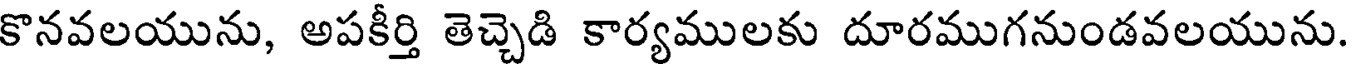
కొనవలయును, అపకీర్తి తెచ్చెడి కార్యములకు దూరముగనుండవలయును.